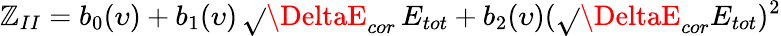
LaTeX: \mathbb{Z}_{II}=b_{0}(\upsilon)+b_{1}(\upsilon)\, \sqrt{}{{\DeltaE_{cor}\, E_{tot}}}+b_{2}(\upsilon)(\sqrt{}{{\DeltaE_{cor}E_{tot}}})^{2}